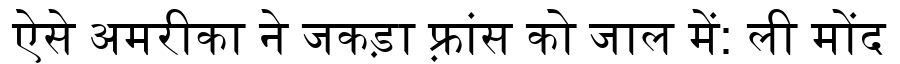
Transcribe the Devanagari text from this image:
ऐसे अमरीका ने जकड़ा फ़्रांस को जाल में: ली मोंद